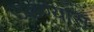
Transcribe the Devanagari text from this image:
उडण्यास